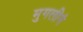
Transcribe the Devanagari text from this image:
मुगलीगं